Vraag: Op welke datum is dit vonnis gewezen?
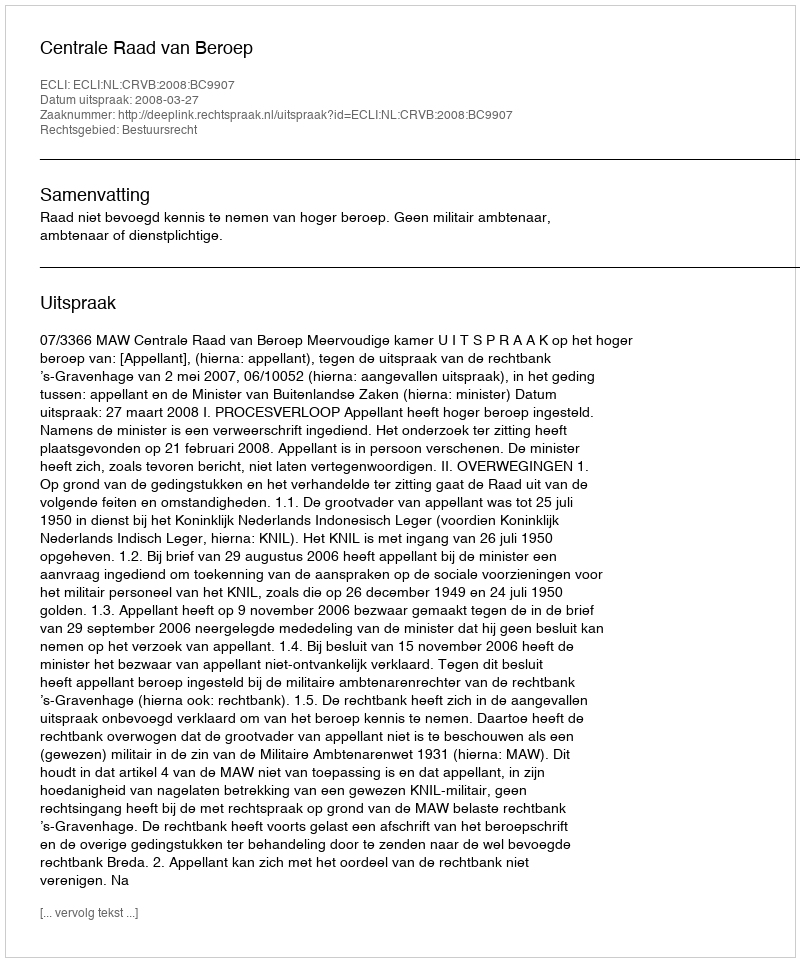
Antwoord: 2008-03-27